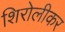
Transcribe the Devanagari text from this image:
शिरोलीकर